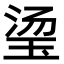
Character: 𬍡